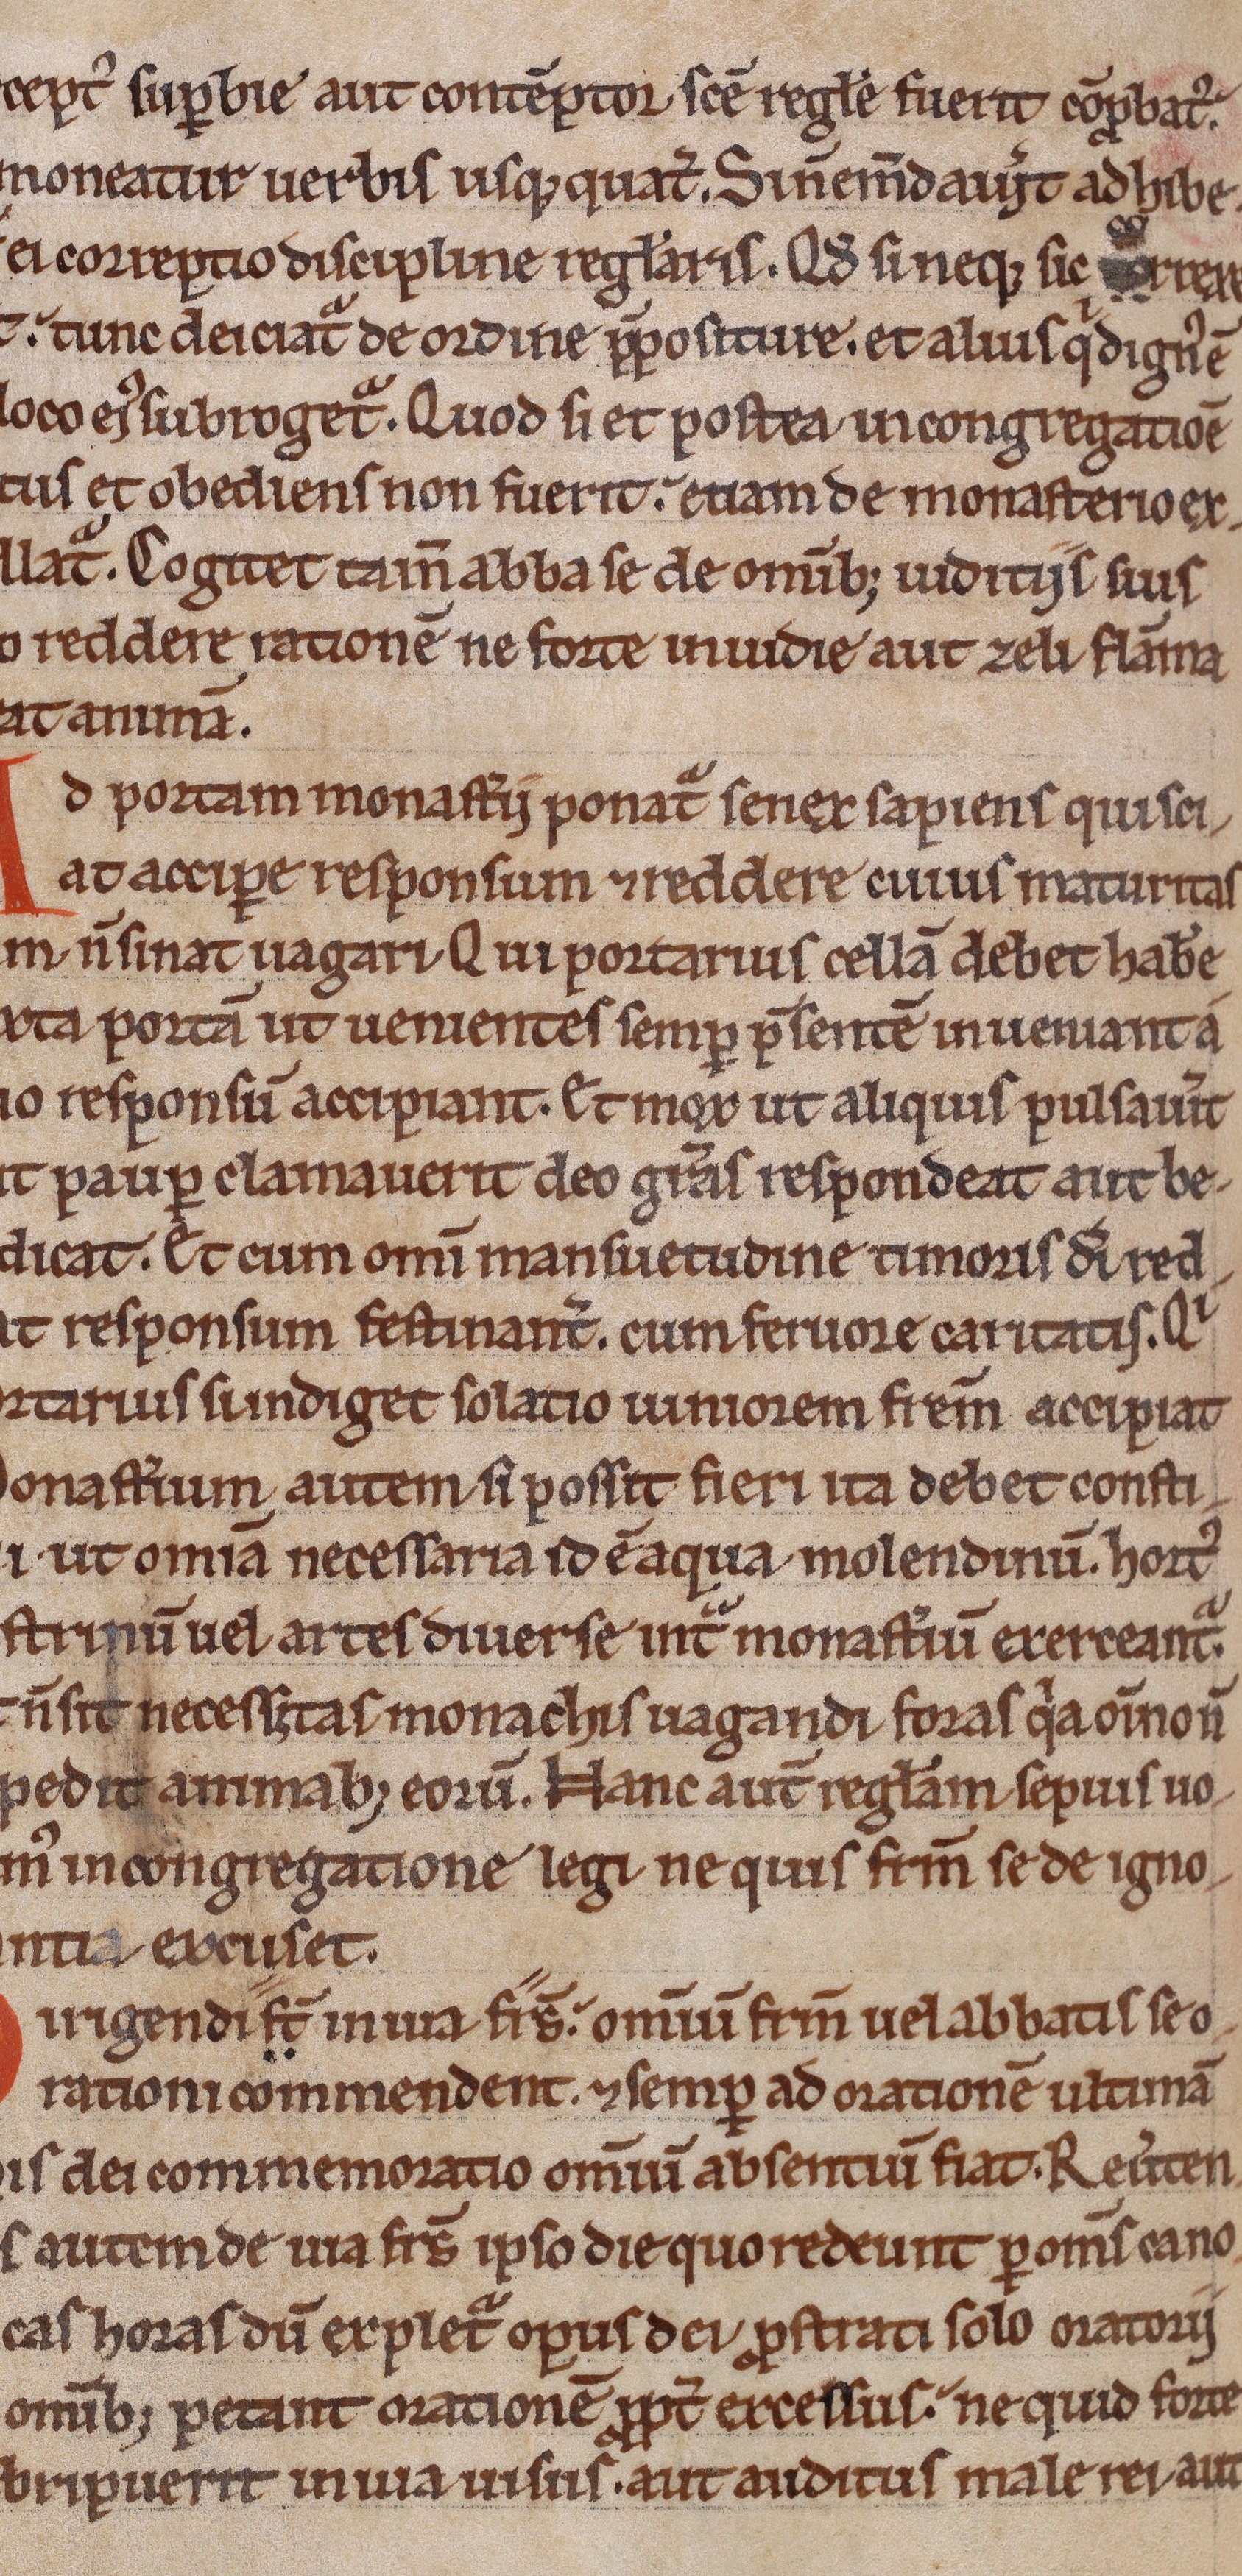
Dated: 1200–1230